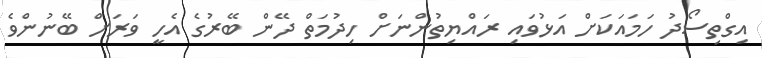
އިގްތިސޯދު ހަމައަކަށް އަޅުވައި ރައްޔިތުންނަށް ހިދުމަތް ދޭން ބޭރުގެ އެހީ ވަރަށް ބޭނުންވެ